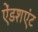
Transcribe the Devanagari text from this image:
ऐंडशएंट